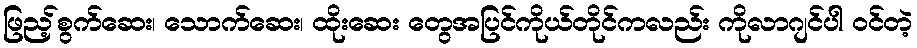
ဖြည့်စွက်ဆေး၊ သောက်ဆေး၊ ထိုးဆေး တွေအပြင်ကိုယ်တိုင်ကလည်း ကိုလာဂျင်ပါ ဝင်တဲ့